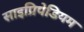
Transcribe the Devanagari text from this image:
साइप्रिपेडियम